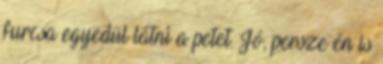
furcsa egyedül látni a petet. Jó, persze én is